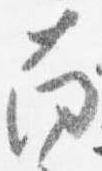
南